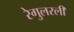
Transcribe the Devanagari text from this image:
रेगुलरली